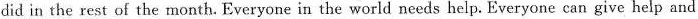
did in the rest of the month. Everyone in the world needs help. Everyone can give help and